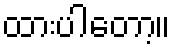
ထားပါတော့။